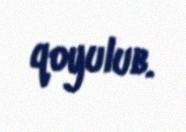
qoyulub.